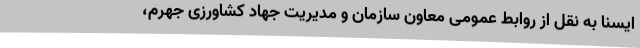
ایسنا به نقل از روابط عمومی معاون سازمان و مدیریت جهاد کشاورزی جهرم،